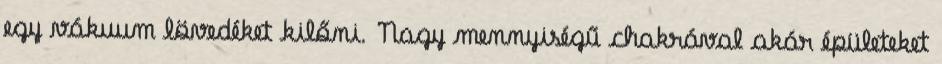
egy vákuum lövedéket kilőni. Nagy mennyiségű chakrával akár épületeket